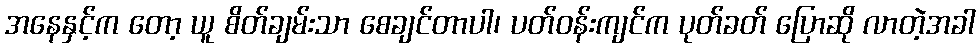
အနေနှင့်က တော့ ယူ စိတ်ချမ်းသာ စေချင်တာပါ၊ ပတ်ဝန်းကျင်က ပုတ်ခတ် ပြောဆို လာတဲ့အခါ